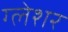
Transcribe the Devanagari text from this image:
ग्लेशर